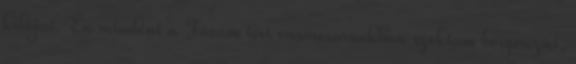
kilóját. Én mindent a Fővám téri vásárcsarnokban szoktam beszerezni,